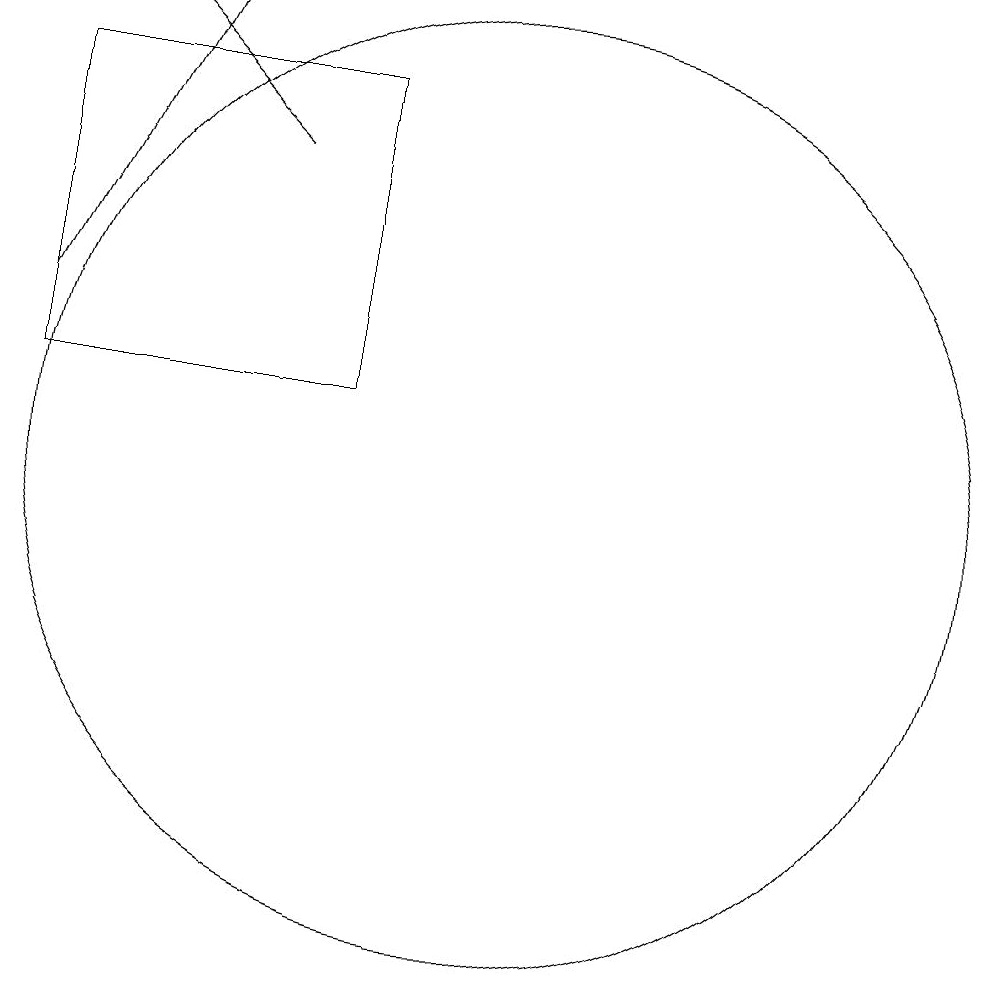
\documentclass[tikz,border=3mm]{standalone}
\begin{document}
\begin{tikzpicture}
\draw[->] (8,14) -- (6,16);
\draw (5,15) rectangle (9,11);
\draw[->] (5,12) -- (7,16);
\draw (11,10) circle (6);
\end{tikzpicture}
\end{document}